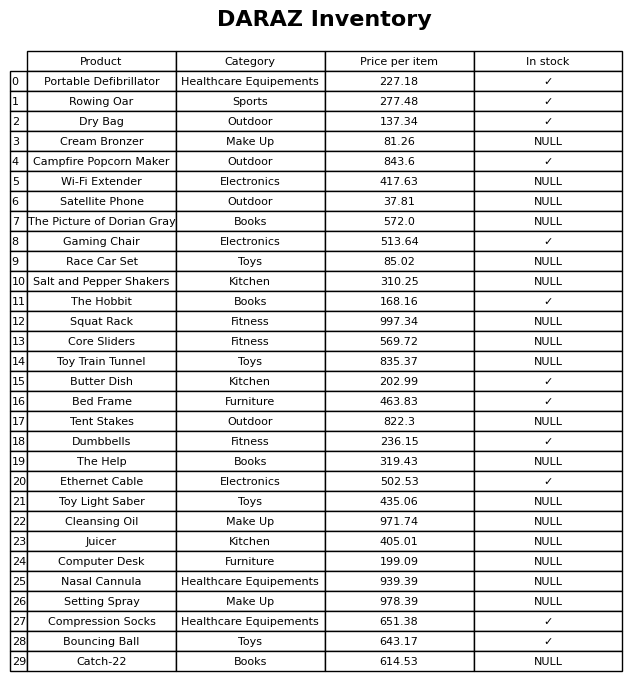
question: What is the price of the Squat Rack?
answer: The price of Squat Rack is 997.34.